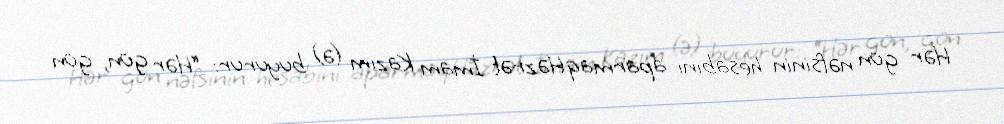
Hər gün nəfsinin hesabını aparmaqHəzrət İmam Kazım (ə) buyurur: “Hər gün, gün